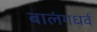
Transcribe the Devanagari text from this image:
बालंगधर्व